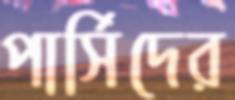
পার্সিদের